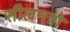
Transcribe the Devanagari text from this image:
सीलनत्रो